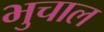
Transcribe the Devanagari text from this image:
भुचाल